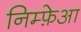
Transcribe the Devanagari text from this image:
निम्फ़ेआ